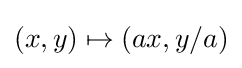
(x,y)\mapsto (ax,y/a)